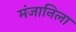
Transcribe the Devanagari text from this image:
मंजानिला